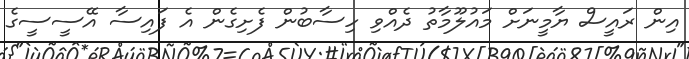
އިން ރައީސް ޔާމީނަށް މައުލޫމާތު ދެއްވި ހިސާބުން ފެށިގެން އެ ފައިސާ އޭސީސީގެ